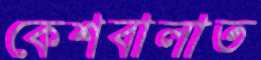
কেশবালাত